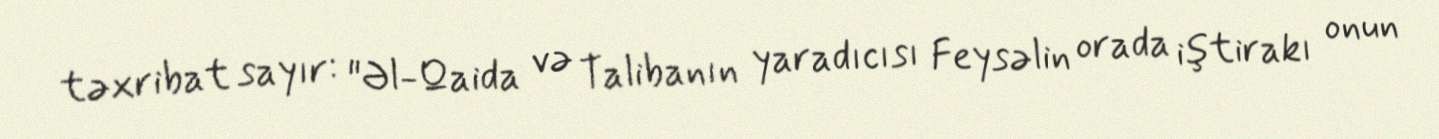
təxribat sayır: "Əl-Qaida və Talibanın yaradıcısı Feysəlin orada iştirakı onun